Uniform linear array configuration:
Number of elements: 12
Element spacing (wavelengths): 1
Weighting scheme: hann
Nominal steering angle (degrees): -30
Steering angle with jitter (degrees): -29.063
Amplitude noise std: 0.05
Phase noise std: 0.05

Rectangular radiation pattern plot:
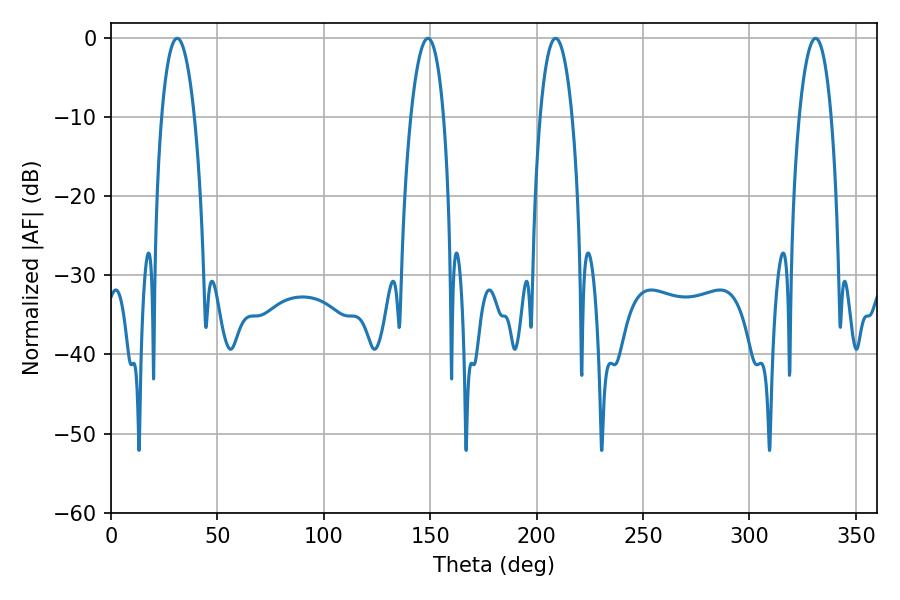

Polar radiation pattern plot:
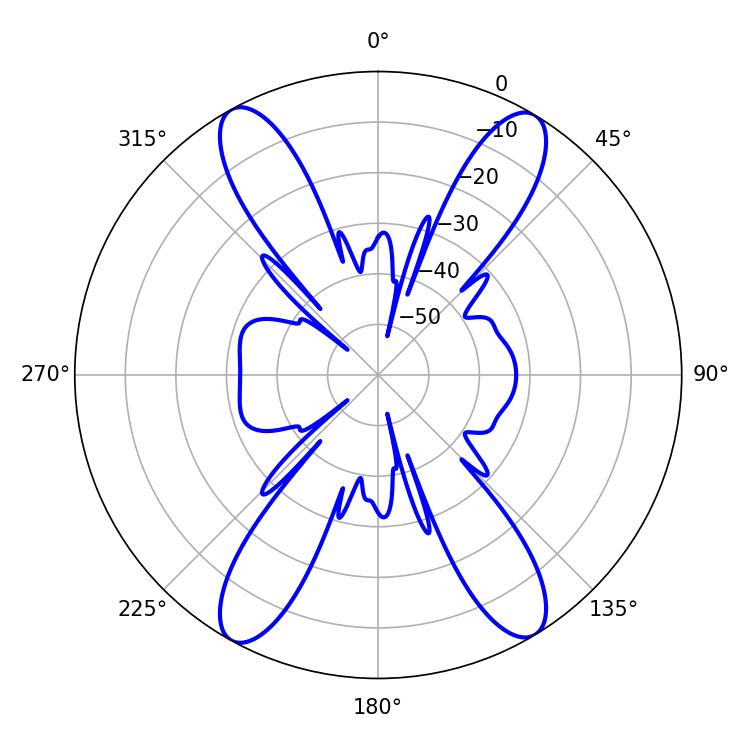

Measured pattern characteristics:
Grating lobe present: TRUE
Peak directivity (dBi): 21.443
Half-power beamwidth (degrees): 8.64
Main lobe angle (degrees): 31.14